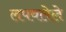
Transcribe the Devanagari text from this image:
लपवलेले